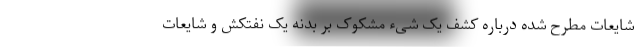
شایعات مطرح شده درباره کشف یک شیء مشکوک بر بدنه یک نفتکش و شایعات